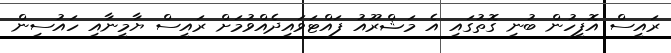
ރައީސް އޮފީހުން ބުނި ގޮތުގައި އެ މަޝްރޫއު ފައްޓަވައިދެއްވުމަށް ރައީސް ޔާމީނާއި ހައުސިން